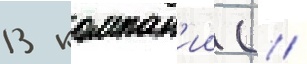
13 компан'ии ( /